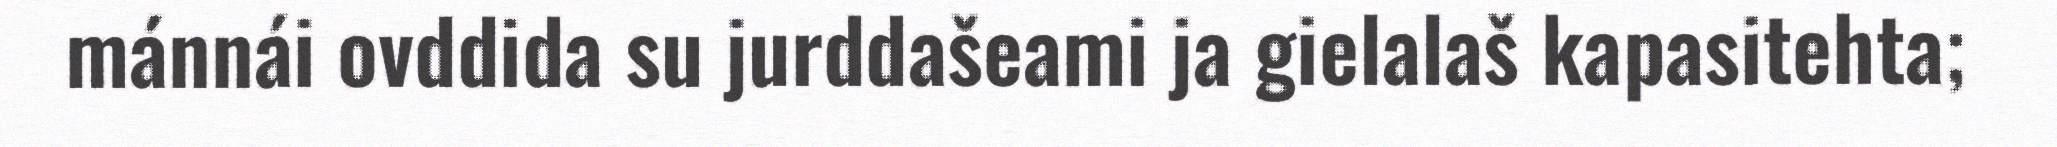
mánnái ovddida su jurddašeami ja gielalaš kapasitehta;